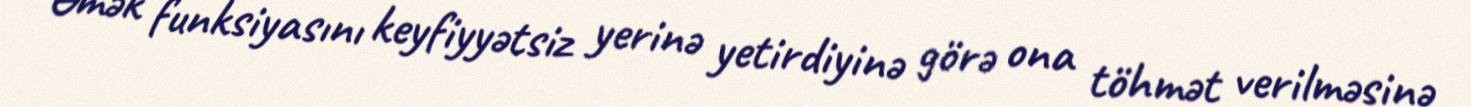
Əmək funksiyasını keyfiyyətsiz yerinə yetirdiyinə görə ona töhmət verilməsinə